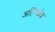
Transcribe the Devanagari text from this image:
अहिच्छेत्र